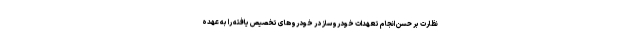
نظارت بر حسن انجام تعهدات خودروساز در خودروهای تخصیص یافته را به عهده